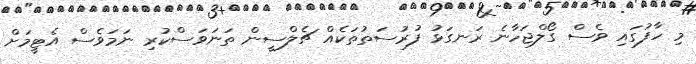
މި ހާފުގައި ވެސް ގޯލްޖަހާނެ ރަނގަޅު ފުރުސަތުތަކެއް ޗެލްސީން ތަނަވަސްކުރި ނަމަވެސް އެޓީމަށް